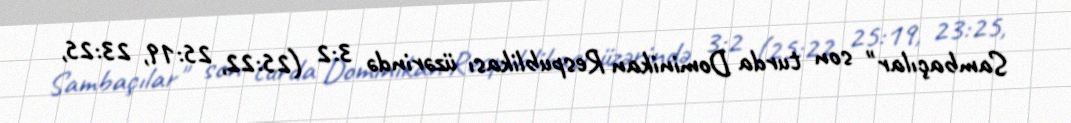
Sambaçılar" son turda Dominikan Respublikası üzərində 3:2 (25:22, 25:19, 23:25,